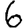
Digit: 6